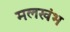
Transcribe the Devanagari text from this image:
मलखंभ